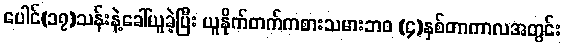
ပေါင်(၁၇)သန်းနဲ့ခေါ်ယူခဲ့ပြီး ယူနိုက်တက်ကစားသမားဘ၀ (၄)နှစ်တာကာလအတွင်း